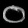
Digit: ၀